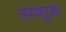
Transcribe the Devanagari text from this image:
उपावटुका